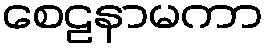
စေဠနာမကာ